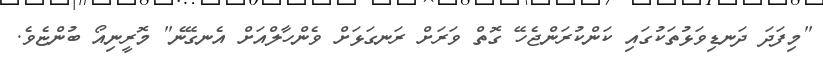
"މިފަދަ ދަނޑިވަޅުތަކުގައި ކަންކުރަންޖެހޭ ގޮތް ވަރަށް ރަނގަޅަށް ވެންހާލްއަށް އެނގޭނެ" މޮރީނިއޯ ބުންޏެވެ.